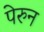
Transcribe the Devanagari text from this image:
पेरुन